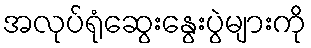
အလုပ်ရုံဆွေးနွေးပွဲများကို